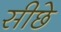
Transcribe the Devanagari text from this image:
सीछे